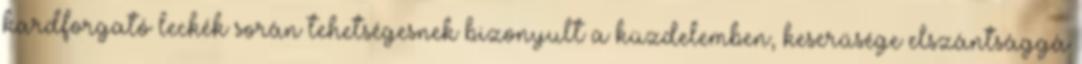
kardforgató leckék során tehetségesnek bizonyult a küzdelemben, keserűsége elszántsággá